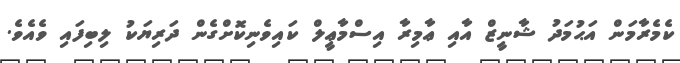
ކެމެރާމަން އަޙުމަދު ޝާނީޒް އާއި ޢާމިރާ އިސްމާޢީލް ކައިވެނިކޮށްގެން ދަރިޔަކު ލިބިފައި ވެއެވެ.